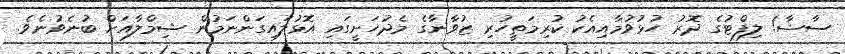
ސާޝާ! ލިފްޓުގެ ދޮރު ހުޅުވުމާއިއެކު ކުރިމަތީހުރި ޒުވާނާގެ މެދުހަށީގައި އޮޅުލައިގަންނަމުން ޝިމްލާއަށް ބުނެވުނެވެ.